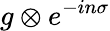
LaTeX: g\otimes e^{-in\sigma}